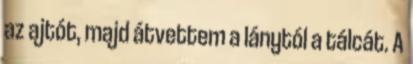
az ajtót, majd átvettem a lánytól a tálcát. A